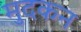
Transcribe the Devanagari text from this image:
मुदकन